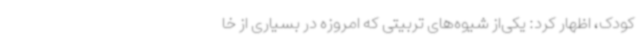
کودک، اظهار کرد: یکی‌از شیوه‌های تربیتی که امروزه در بسیاری از خا